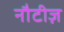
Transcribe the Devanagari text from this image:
नौटीज़